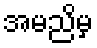
အမညိမှ